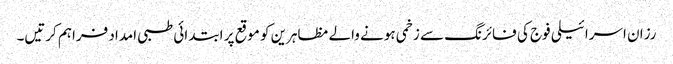
رزان اسرائیلی فوج کی فائرنگ سے زخمی ہونے والے مظاہرین کو موقع پر ابتدائی طبی امداد فراہم کرتیں۔